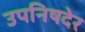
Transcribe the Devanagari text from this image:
उपनिषदेर